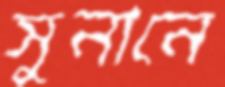
সুনানে